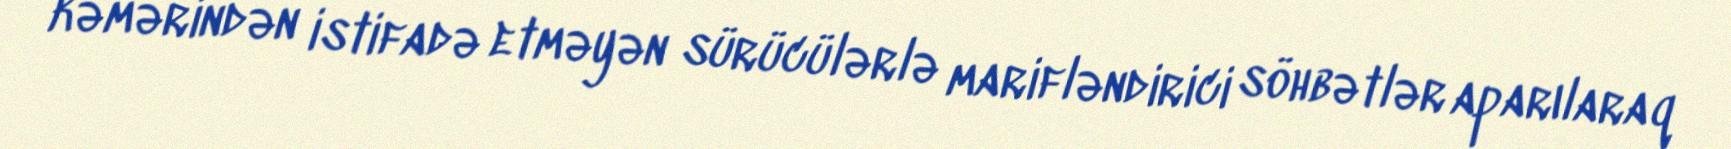
kəmərindən istifadə etməyən sürücülərlə marifləndirici söhbətlər aparılaraq